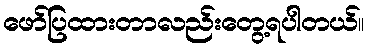
ဖော်ပြထားတာလည်းတွေ့ရပါတယ်။